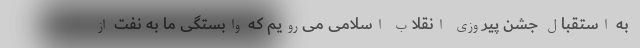
به استقبال جشن پیروزی انقلاب اسلامی می‌رویم که وابستگی ما به نفت از